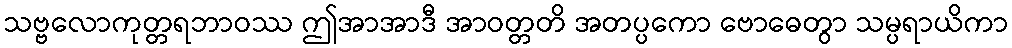
သဗ္ဗလောကုတ္တရဘာဝဿ ဤအာအာဒီ အာဝတ္တတိ အတပ္ပကော ဗောဓေတွာ သမ္ပရာယိကာ